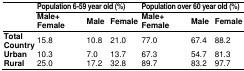
| <ROWSPAN=2>  | <COLSPAN=3> Population 6-59 year old (%) | <COLSPAN=3> Population over 60 year old (%) |
 | Male+Female | Male | Female | Male+Female | Male | Female |
 | --- | --- | --- | --- | --- | --- | --- |
 | Total Country | 15.8 | 10.8 | 21.0 | 77.0 | 67.4 | 88.2 |
 | Urban | 10.3 | 7.0 | 13.7 | 67.3 | 54.7 | 81.3 |
 | Rural | 25.0 | 17.2 | 32.8 | 89.7 | 83.2 | 97.7 |